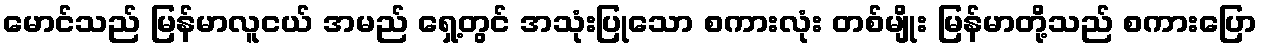
မောင်သည် မြန်မာလူငယ် အမည် ရှေ့တွင် အသုံးပြုသော စကားလုံး တစ်မျိုး မြန်မာတို့သည် စကားပြော